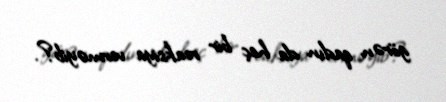
görən qadın da heç bir reaksiya verməyib?.